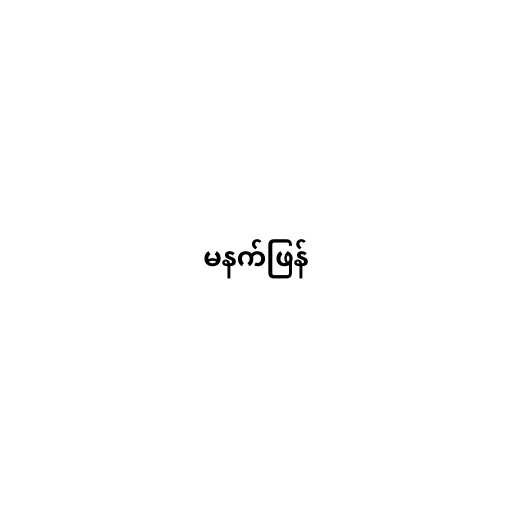
မနက်ဖြန်